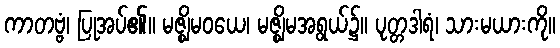
ကာတဗ္ဗံ၊ ပြုအပ်၏။ မဇ္ဈိမဝယေ၊ မဇ္ဈိမအရွယ်၌။ ပုတ္တဒါရံ၊ သားမယားကို။